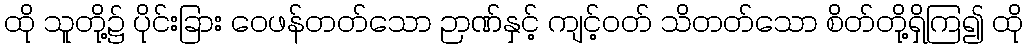
ထို သူတို့၌ ပိုင်းခြား ဝေဖန်တတ်သော ဉာဏ်နှင့် ကျင့်ဝတ် သိတတ်သော စိတ်တို့ရှိကြ၍ ထို